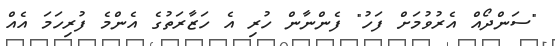
"ސަންދޯއް އެރުވުމަށް ފަހު" ފެންނާން ހުރި އެ ހަޒާރަތުގެ އެންމެ ފުރިހަމަ އެއް